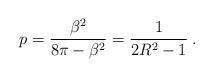
LaTeX: \begin{align*}p=\displaystyle\frac{\beta ^{2}}{8\pi -\beta ^{2}}=\displaystyle\frac{1}{2R^{2}-1}\: .\end{align*}